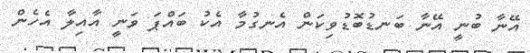
އޭނާ ބުނީ އޭނާ ބަނޑުބޮޑުވިކަން އެނގުމާ އެކު ބައްޕަ ވަނީ އާއިލާ އެހެން